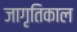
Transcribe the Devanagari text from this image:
जागृतिकाल